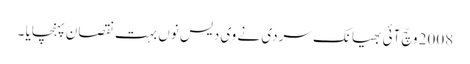
2008 وچّ آئی بھیانک سردی نے وی دیس نوں بہت نقصان پہنچایا ۔